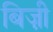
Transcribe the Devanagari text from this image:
बिज़ी